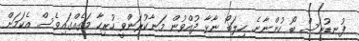
ފުނޑުނަސް ބޯ ހުންނާނެ. ހިލަބޯ ނާޅާ ދުއްވުން މަނާކުރަންވީ ހުރިހާ މަގެއްގައިވެސް. އެކަމަށް